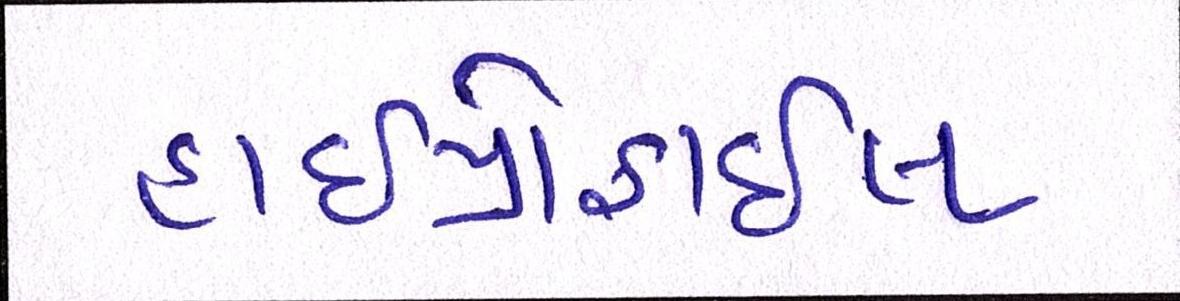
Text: હાઇપ્રોફાઇલ